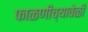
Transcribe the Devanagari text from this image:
फाळणीच्यावेळी